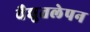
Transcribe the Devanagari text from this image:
वैद्युतलेपन